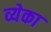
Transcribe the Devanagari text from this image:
व्येका